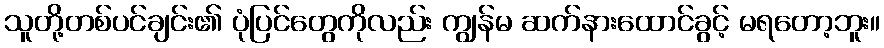
သူတို့တစ်ပင်ချင်း၏ ပုံပြင်တွေကိုလည်း ကျွန်မ ဆက်နားထောင်ခွင့် မရတော့ဘူး။